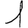
Digit: 1